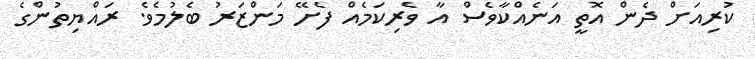
ކުރިއަށް ދެން އޮތީ އަނެއްކާވެސް އާ ވެރިކަމެއް ފެށޭ މަންޒަރު ބެލުމެވެ. ރައްޔިތުންގެ